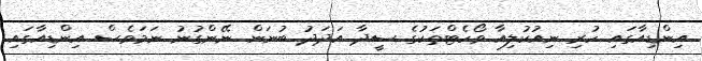
އިންޑިއާގައި ހުރި ނިއުކުލިއާ ވޯހެޓްތަކުގެ ސީދާ އަދަދު ބުނަން ނޭންގުނު ނަމަވެސް އިންޑިއާގައި